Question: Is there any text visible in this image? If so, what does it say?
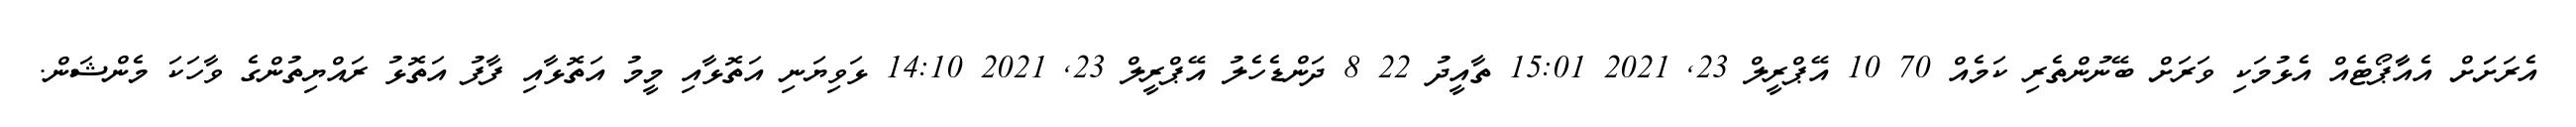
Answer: އެރަށަަށް އެއާާޕޯޓެއް އެޅުމަކި ވަރަށް ބޭނުންތެރި ކަމެއް 70 10 އޭޕްރީލް 23, 2021 15:01 ތާއީދު 22 8 ދަންޑެހެލު އޭޕްރީލް 23, 2021 14:10 ޅަވިޔަނި އަތޮޅާއި މީމު އަތޮޅާއި ފާފު އަތޮޅު ރައްޔިތުންގެ ވާހަކަ މެންޝަން.